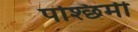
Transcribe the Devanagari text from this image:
पश्छिमी